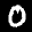
Label: 0